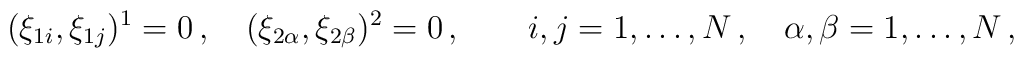
(\xi_{1i},\xi_{1j})^1=0\,, \quad (\xi_{2\alpha},\xi_{2\beta})^2=0\,,  \qquad  i,j=1,\ldots,N\,,\quad\alpha,\beta=1,\ldots,N\,,